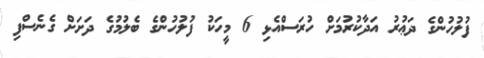
ފުލުހުންގެ ދަޢުރު އަދާކުރުމަށް ހުރަސްއެޅި 6 މީހަކު ފުލުހުންގެ ބެލުމުގެ ދަށަށް ގެނެސްފި